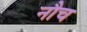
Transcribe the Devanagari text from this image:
नौच